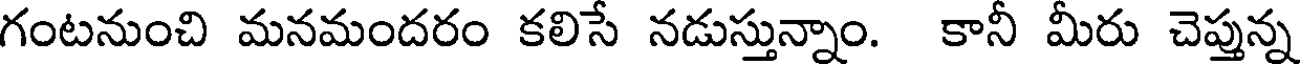
గంటనుంచి మనమందరం కలిసే నడుస్తున్నాం. కానీ మీరు చెప్తున్న